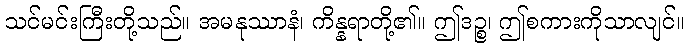
သင်မင်းကြီးတို့သည်။ အမနုဿာနံ၊ ကိန္နရာတို့၏။ ဤဒဉ္စ၊ ဤစကားကိုသာလျင်။